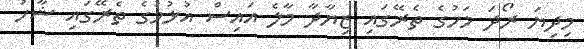
މިދިޔަ ރޯދަ މަހުގެ ތެރޭގައި ޒިޔާދާ މާލެ އައިސް އުޅުމުގެ ތެރޭގައި ޝާހު